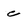
Character: c